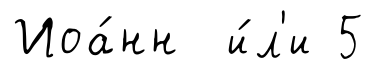
Иоа́нн и́л'и 5